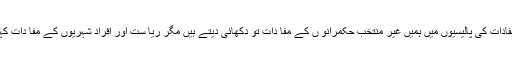
ان نام نہاد قومی مفادات کی پالیسیوں میں ہمیں غیر منتخب حکمرانو ں کے مفا دات تو دکھائی دیتے ہیں مگر ریا ست اور افراد شہریوں کے مفا دات کہیں نظر نہیں آتے۔